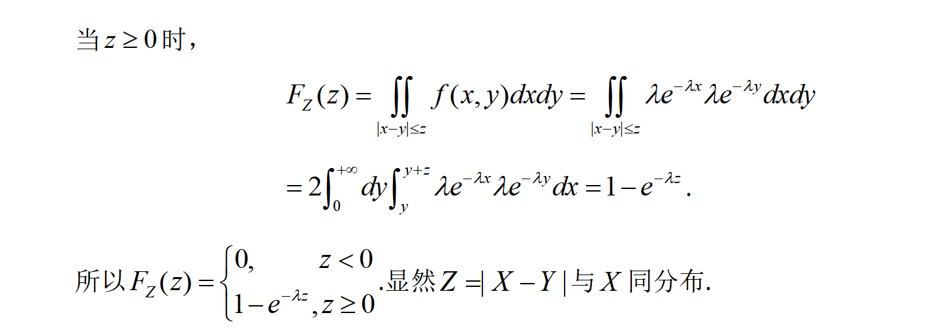
当\(z \geq 0\)时，
\[
\begin{align*}
F_Z(z)&=\iint_{|x - y| \leq z} f(x,y)dxdy=\iint_{|x - y| \leq z} \lambda e^{-\lambda x} \lambda e^{-\lambda y}dxdy\\
&=2\int_{0}^{+\infty}dy\int_{y}^{y + z} \lambda e^{-\lambda x} \lambda e^{-\lambda y}dx = 1 - e^{-\lambda z}.
\end{align*}
\]
所以\(F_Z(z)=\begin{cases}0, & z < 0\\1 - e^{-\lambda z}, & z \geq 0\end{cases}\).显然\(Z = |X - Y|\)与\(X\)同分布.